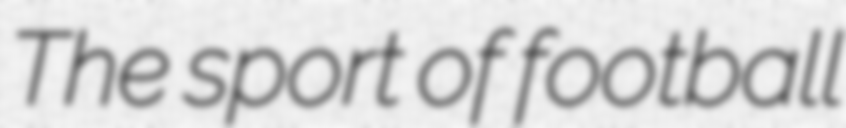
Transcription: The sport of football